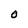
Character: O